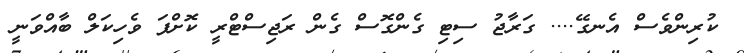
ކުރިންވެސް އެނގޭ.... ގަރާޖު ސިޓި ގެންގޮސް ގެން ރަޖިސްޓްރީ ކޮށްފަ ވެހިކަލް ބާއްވަނީ